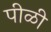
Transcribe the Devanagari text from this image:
पीळी